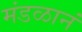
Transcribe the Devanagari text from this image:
मंडळानं